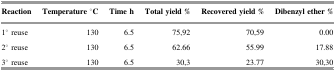
<table><thead><tr><td><b>Reaction</b></td><td><b>Temperature °C</b></td><td><b>Time h</b></td><td><b>Total yield %</b></td><td><b>Recovered yield %</b></td><td><b>Dibenzyl ether %</b></td></tr></thead><tbody><tr><td>1° reuse</td><td>130</td><td>6.5</td><td>75,92</td><td>70,59</td><td>0.00</td></tr><tr><td>2° reuse</td><td>130</td><td>6.5</td><td>62.66</td><td>55.99</td><td>17.88</td></tr><tr><td>3° reuse</td><td>130</td><td>6.5</td><td>30,3</td><td>23.77</td><td>30,30</td></tr></tbody></table>